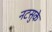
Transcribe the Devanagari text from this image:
नटसुके